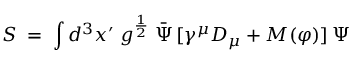
S \; = \; \int d ^ { 3 } x ^ { \prime } \; g ^ { \frac { 1 } { 2 } } \; { \bar { \Psi } } \, [ \gamma ^ { \mu } D _ { \mu } + M ( \varphi ) ] \, \Psi